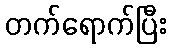
တက်ရောက်ပြီး